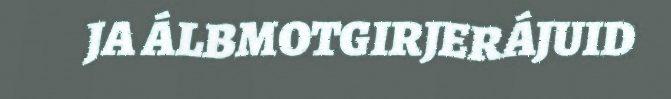
JA ÁLBMOTGIRJERÁJUID